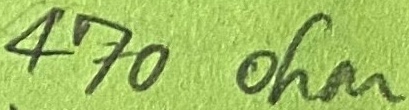
Text: 470ohm